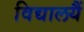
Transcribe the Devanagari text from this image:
विद्यालयैं